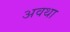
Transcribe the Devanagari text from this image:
अवथा